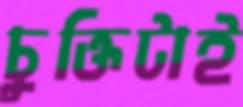
চুক্তিটাই